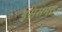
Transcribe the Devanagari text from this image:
इससमस